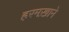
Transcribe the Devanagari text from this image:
हरमख़ाने